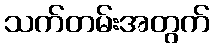
သက်တမ်းအတွက်